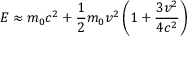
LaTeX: E \approx m _ { 0 } c ^ { 2 } + { \frac { 1 } { 2 } } m _ { 0 } v ^ { 2 } \left( 1 + { \frac { 3 v ^ { 2 } } { 4 c ^ { 2 } } } \right)